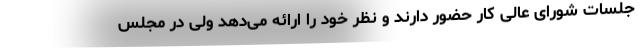
جلسات شورای عالی کار حضور دارند و نظر خود را ارائه می‌دهد ولی در مجلس